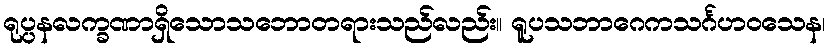
ရုပ္ပနလက္ခဏာရှိသောသဘောတရားသည်လည်း။ ရူပသဘာဂေကသင်္ဂဟဝသေန၊